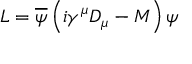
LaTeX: { \cal L } = \overline { { { \psi } } } \left( i \gamma ^ { \mu } D _ { \mu } - M \right) \psi